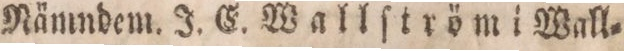
Nämndem. J. E. Wallſtröm i Wall=